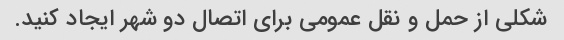
شکلی از حمل و نقل عمومی برای اتصال دو شهر ایجاد کنید.